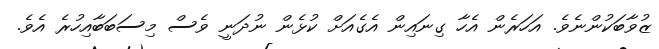
ޒުވާބަކުންނެވެ. އަހަރެން އެހާ ގިނައިން އެގެއަށް ކުޅެން ނުދަނީ ވެސް މިސަބަބާއިހުރެ އެވެ.